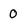
Character: O